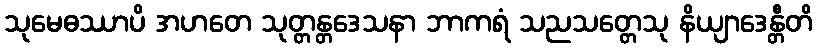
သုမေဓဿာပိ အဟတေ သုတ္တန္တဒေသနာ ဘာကရံ သညသတ္တေသု နိယျာဒေန္တီတိ